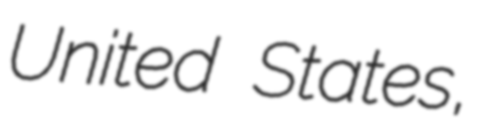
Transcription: United States,